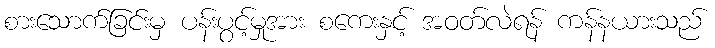
စားသောက်ခြင်းမှ ပန်းပွင့်မှုအား စကေးနှင့် အဝတ်လဲရန် ကန်နယားသည်